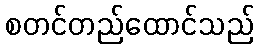
စတင်တည်ထောင်သည်